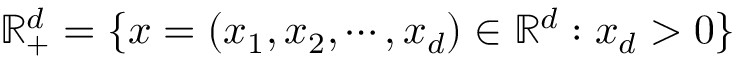
\mathbb { R } _ { + } ^ { d } = \{ x = ( x _ { 1 } , x _ { 2 } , \cdots , x _ { d } ) \in \mathbb { R } ^ { d } : x _ { d } > 0 \}